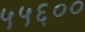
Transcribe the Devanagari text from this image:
५५६००